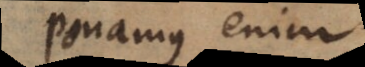
Ponamus enim